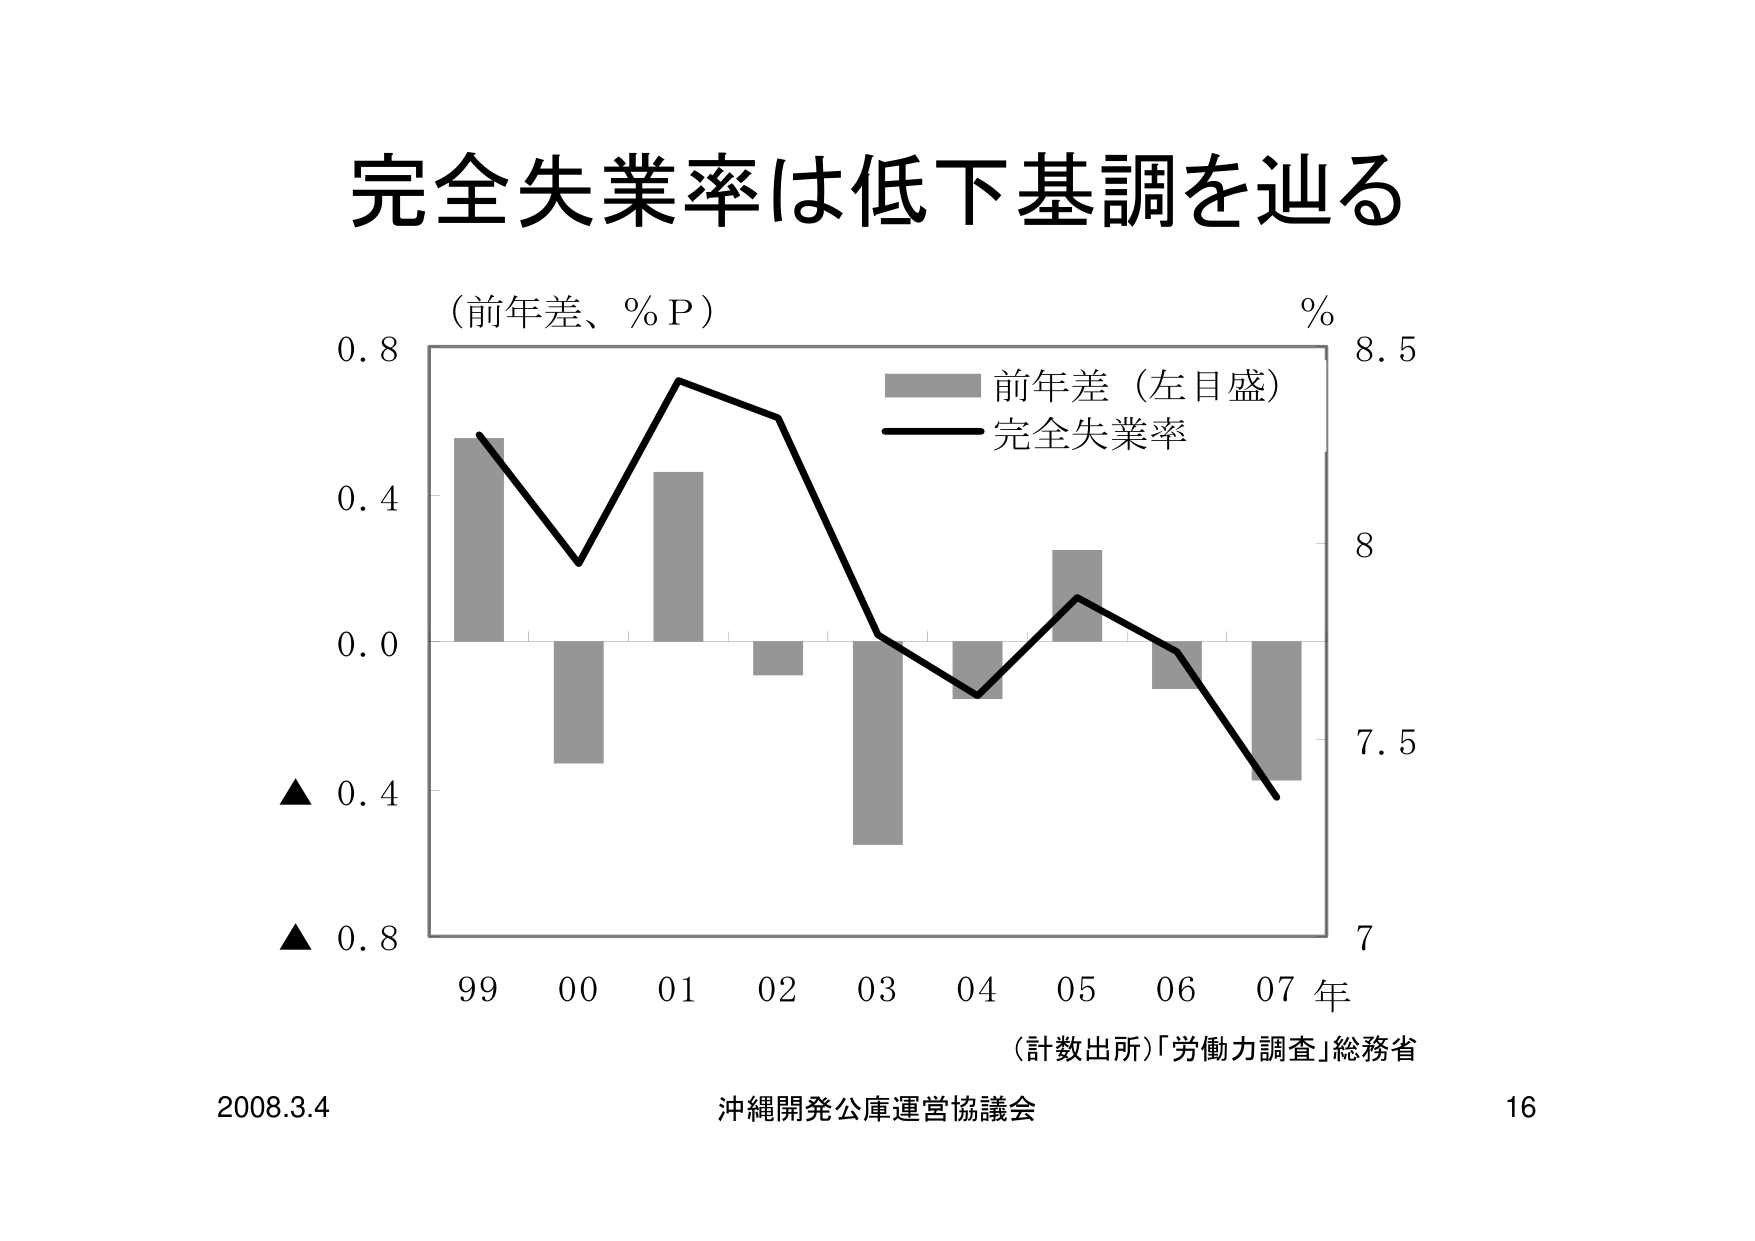
完全失業率は低下基調を辿る

（前年差、％Ｐ）

％
8.5
8
7.5
7

前年差（左目盛）
完全失業率

0.8
0.4
0.0
▲ 0.4
▲ 0.8

99 00 01 02 03 04 05 06 07 年

（計数出所）「労働力調査」総務省

2008.3.4 沖縄開発公庫運営協議会 16